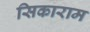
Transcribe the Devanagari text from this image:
सिकाराम